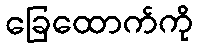
ခြေထောက်ကို